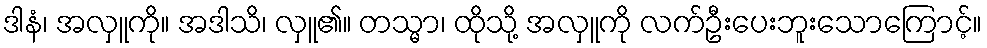
ဒါနံ၊ အလှူကို။ အဒါသိ၊ လှူ၏။ တသ္မာ၊ ထိုသို့ အလှူကို လက်ဦးပေးဘူးသောကြောင့်။